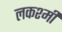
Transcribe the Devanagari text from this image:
लकश्मी